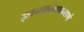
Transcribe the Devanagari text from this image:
ज्ञानकोशाप्रमाणे